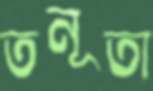
তনূতা